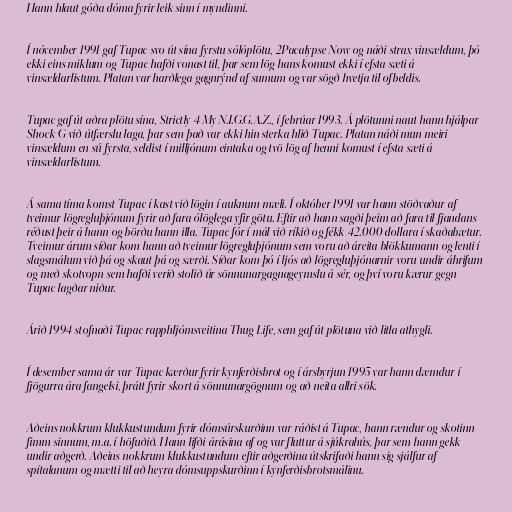
Hann hlaut góða dóma fyrir leik sinn í myndinni.

Í nóvember 1991 gaf Tupac svo út sína fyrstu sólóplötu, 2Pacalypse Now og náði strax vinsældum, þó
ekki eins miklum og Tupac hafði vonast til, þar sem lög hans komust ekki í efsta sæti á
vinsældarlistum. Platan var harðlega gagnrýnd af sumum og var sögð hvetja til ofbeldis.

Tupac gaf út aðra plötu sína, Strictly 4 My N.I.G.G.A.Z., í febrúar 1993. Á plötunni naut hann hjálpar
Shock G við útfærslu laga, þar sem það var ekki hin sterka hlið Tupac. Platan náði mun meiri
vinsældum en sú fyrsta, seldist í milljónum eintaka og tvö lög af henni komust í efsta sæti á
vinsældarlistum.

Á sama tíma komst Tupac í kast við lögin í auknum mæli. Í október 1991 var hann stöðvaður af
tveimur lögregluþjónum fyrir að fara ólöglega yfir götu. Eftir að hann sagði þeim að fara til fjandans
réðust þeir á hann og börðu hann illa. Tupac fór í mál við ríkið og fékk 42.000 dollara í skaðabætur.
Tveimur árum síðar kom hann að tveimur lögregluþjónum sem voru að áreita blökkumann og lenti í
slagsmálum við þá og skaut þá og særði. Síðar kom þó í ljós að lögregluþjónarnir voru undir áhrifum
og með skotvopn sem hafði verið stolið úr sönnunargagnageymslu á sér, og því voru kærur gegn
Tupac lagðar niður.

Árið 1994 stofnaði Tupac rapphljómsveitina Thug Life, sem gaf út plötuna við litla athygli.

Í desember sama ár var Tupac kærður fyrir kynferðisbrot og í ársbyrjun 1995 var hann dæmdur í
fjögurra ára fangelsi, þrátt fyrir skort á sönnunargögnum og að neita allri sök.

Aðeins nokkrum klukkustundum fyrir dómsúrskurðinn var ráðist á Tupac, hann rændur og skotinn
fimm sinnum, m.a. í höfuðið. Hann lifði árásina af og var fluttur á sjúkrahús, þar sem hann gekk
undir aðgerð. Aðeins nokkrum klukkustundum eftir aðgerðina útskrifaði hann sig sjálfur af
spítalanum og mætti til að heyra dómsuppskurðinn í kynferðisbrotsmálinu.